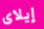
إيلاى